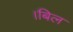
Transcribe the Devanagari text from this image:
।बिल